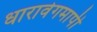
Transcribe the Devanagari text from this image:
धारावेगमापी